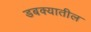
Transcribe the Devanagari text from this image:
डबक्यातील